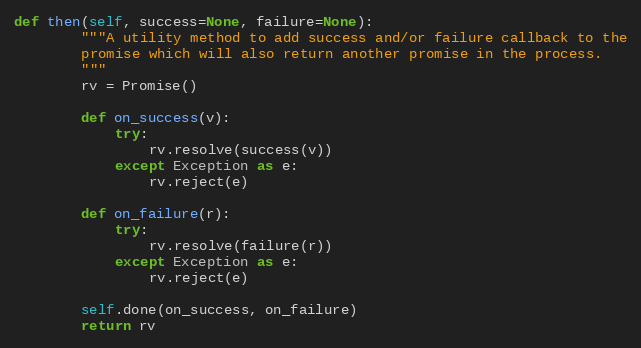
Language: Python
def then(self, success=None, failure=None):
        """A utility method to add success and/or failure callback to the
        promise which will also return another promise in the process.
        """
        rv = Promise()

        def on_success(v):
            try:
                rv.resolve(success(v))
            except Exception as e:
                rv.reject(e)

        def on_failure(r):
            try:
                rv.resolve(failure(r))
            except Exception as e:
                rv.reject(e)

        self.done(on_success, on_failure)
        return rv